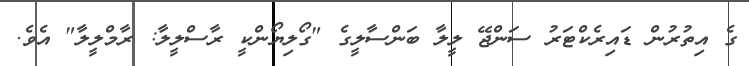
ގެ އިތުރުން ޑައިރެކްޓަރު ސަންޖޭ ލީލާ ބަންސާލީގެ "ގޯލިޔޯންކީ ރާސްލީލާ: ރާމްލީލާ" އެވެ.